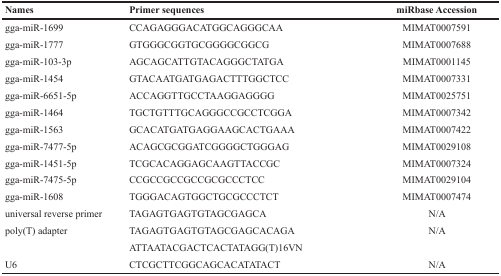
<table><thead><tr><td><b>Names</b></td><td><b>Primer sequences</b></td><td><b>miRbase Accession</b></td></tr></thead><tbody><tr><td>gga-miR-1699</td><td>CCAGAGGGACATGGCAGGGCAA</td><td>MIMAT0007591</td></tr><tr><td>gga-miR-1777</td><td>GTGGGCGGTGCGGGGCGGCG</td><td>MIMAT0007688</td></tr><tr><td>gga-miR-103-3p</td><td>AGCAGCATTGTACAGGGCTATGA</td><td>MIMAT0001145</td></tr><tr><td>gga-miR-1454</td><td>GTACAATGATGAGACTTTGGCTCC</td><td>MIMAT0007331</td></tr><tr><td>gga-miR-6651-5p</td><td>ACCAGGTTGCCTAAGGAGGGG</td><td>MIMAT0025751</td></tr><tr><td>gga-miR-1464</td><td>TGCTGTTTGCAGGGCCGCCTCGGA</td><td>MIMAT0007342</td></tr><tr><td>gga-miR-1563</td><td>GCACATGATGAGGAAGCACTGAAA</td><td>MIMAT0007422</td></tr><tr><td>gga-miR-7477-5p</td><td>ACAGCGCGGATCGGGGCTGGGAG</td><td>MIMAT0029108</td></tr><tr><td>gga-miR-1451-5p</td><td>TCGCACAGGAGCAAGTTACCGC</td><td>MIMAT0007324</td></tr><tr><td>gga-miR-7475-5p</td><td>CCGCCGCCGCCGCGCCCTCC</td><td>MIMAT0029104</td></tr><tr><td>gga-miR-1608</td><td>TGGGACAGTGGCTGCGCCCTCT</td><td>MIMAT0007474</td></tr><tr><td>universal reverse primer</td><td>TAGAGTGAGTGTAGCGAGCA</td><td>N/A</td></tr><tr><td>poly(T) adapter</td><td>TAGAGTGAGTGTAGCGAGCACAGA</td><td>N/A</td></tr><tr><td></td><td>ATTAATACGACTCACTATAGG(T)16VN</td><td></td></tr><tr><td>U6</td><td>CTCGCTTCGGCAGCACATATACT</td><td>N/A</td></tr></tbody></table>